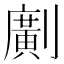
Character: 𠠎